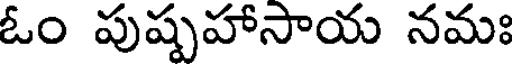
ఓం పుష్పహాసాయ నమః